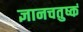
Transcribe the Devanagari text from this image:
ज्ञानचतुष्कं